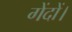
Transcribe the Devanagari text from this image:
गेंदों।